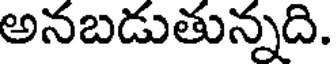
అనబడుతున్నది.